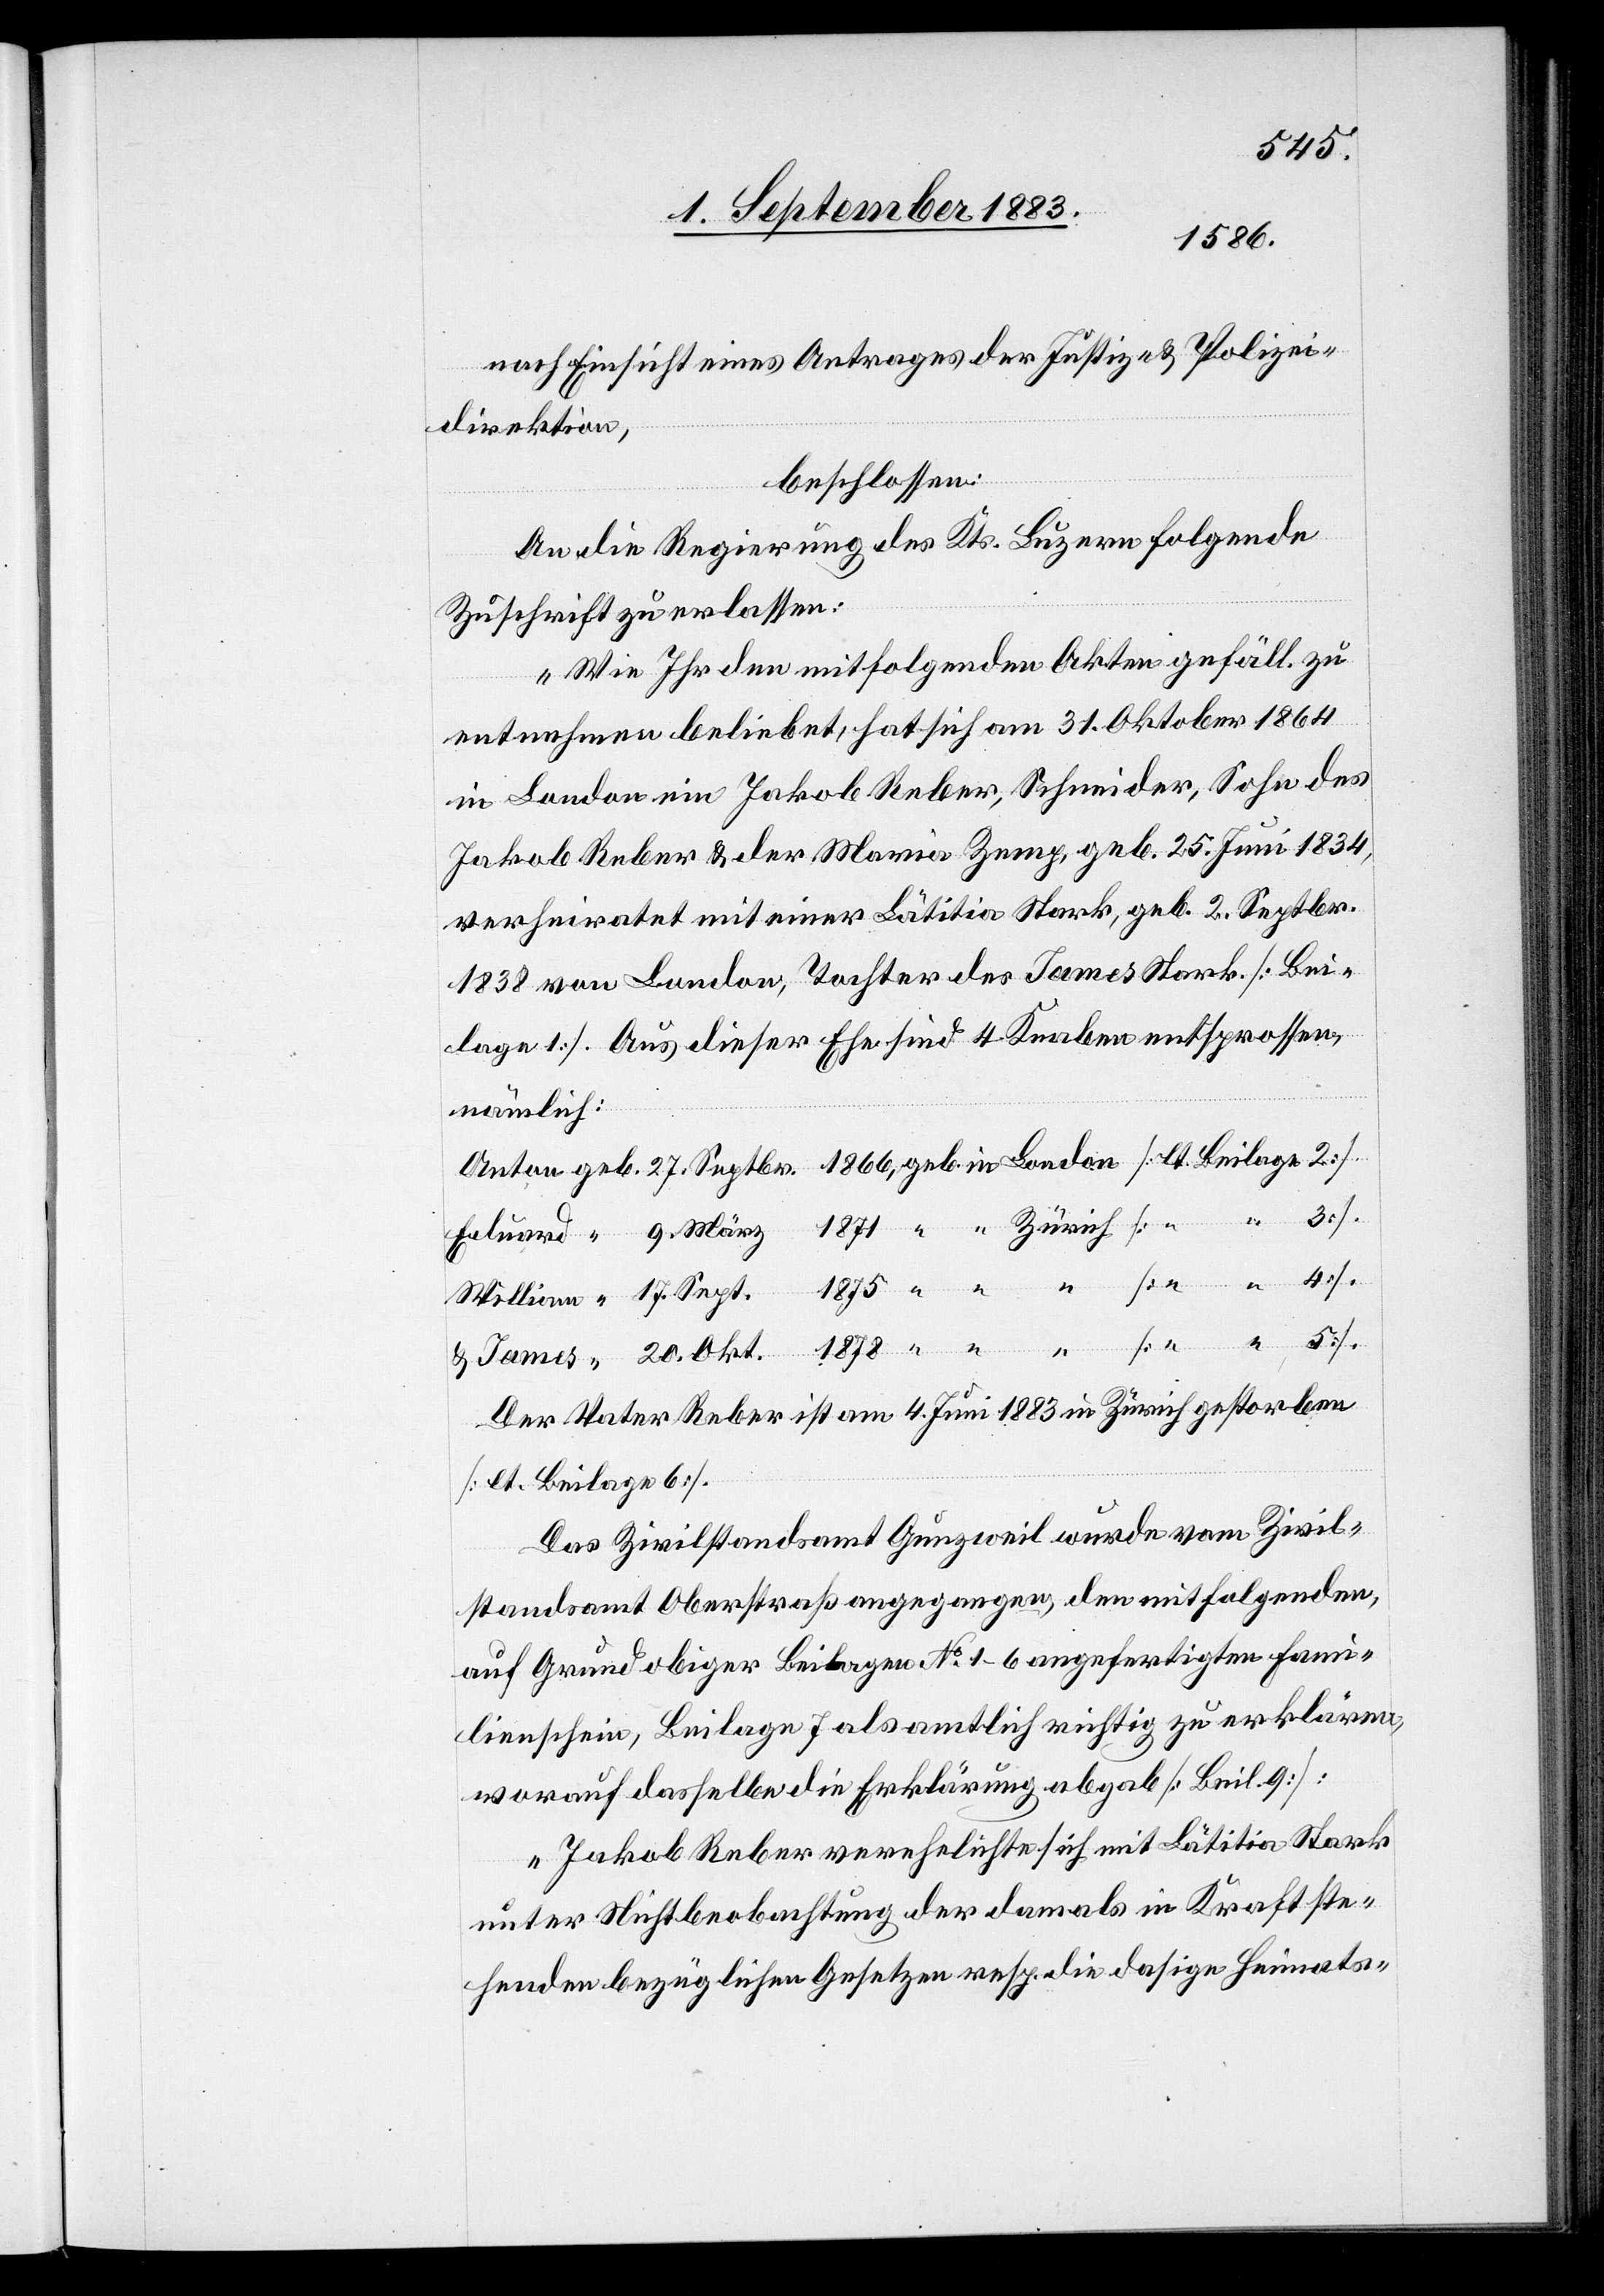
20.
1866,
nach Einsicht eines Antrages der Justiz- & Polizei¬
direktion,
beschlossen:
An die Regierung des Kt. Luzern folgende
Zuschrift zu erlassen:
„Wie Ihr den mitfolgenden Akten gefäll. zu
entnehmen beliebt, hat sich am 31. Oktober 1864
in London ein Jakob Reber, Schneider, Sohn des
Jakob Reber & der Maria Zemp, geb. 25. Juni 1834,
verheiratet mit einer Lätitia Stark, geb. 2. Septbr.
1838 von London, Tochter des James Stark [Bei¬
lage 1]. Aus dieser Ehe sind 4 Knaben entsprossen,
nämlich:
Der Vater Reber ist am 4. Juni 1883 in Zürich gestorben
[lt. Beilage 6].
Das Zivilstandsamt Gunzweil wurde vom Zivil¬
standsamt Oberstraß angegangen, den mitfolgenden,
auf Grund obiger Beilagen No 1–6 angefertigten Fami¬
lienschein, Beilage 7 als amtlich richtig zu erklären,
worauf dasselbe die Erklärung abgab [Beil. 9]:
„Jakob Reber verehelichte sich mit Lätitia Stark
unter Nichtbeobachtung der damals in Kraft ste¬
henden bezüglichen Gesetzen [sic!] resp. die dasige Heimats-